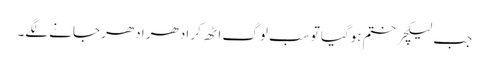
جب لیکچر ختم ہوگیا تو سب لوگ اٹھ کر ادھر ادھر جانے لگے۔